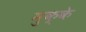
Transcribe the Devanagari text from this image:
मुक्‍के